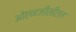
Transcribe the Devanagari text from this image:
ओएनजीसीएल